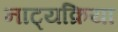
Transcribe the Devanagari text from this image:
नाट्यक्रिया